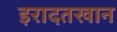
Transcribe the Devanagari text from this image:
इरादतखान